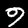
Digit: 9